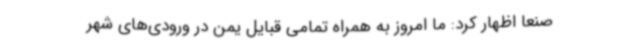
صنعا اظهار کرد: ما امروز به همراه تمامی قبایل یمن در ورودی‌های شهر